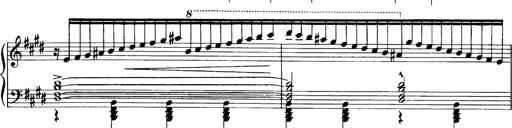
Title: OuvertÃ¼re zu TannhÃ¤user
Composer: Franz Liszt